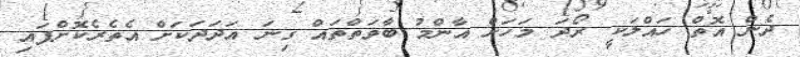
ދެން އޮތް ހައްލަކީ ރޯދަ މަހަށް އާންމު ބާވަތްތައް ގިނަ އަދަދަކަށް އެތެރެކޮށްފައި